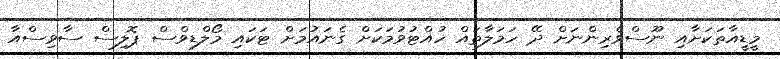
މީޑީއާތަކަށާއި ނޫސްވެރިންނަށް ދޭ ހަމަލާތައް ހުއްޓުވުމަކަށް ގެނައުމަށް ޓަކައި މޯލްޑިވްސް ޕޮލިސް ސާވިސްއާ